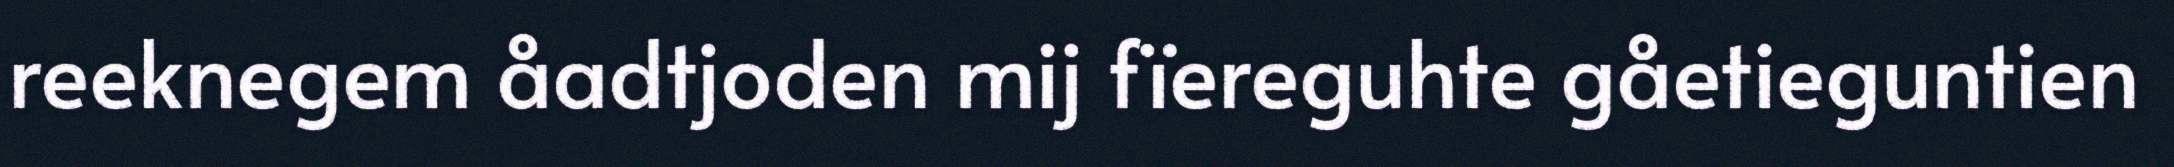
reeknegem åadtjoden mij fïereguhte gåetieguntien